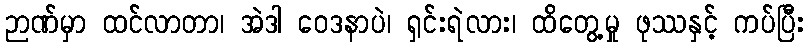
ဉာဏ်မှာ ထင်လာတာ၊ အဲဒါ ဝေဒနာပဲ၊ ရှင်းရဲလား၊ ထိတွေ့မှု ဖုဿနှင့် ကပ်ပြီး